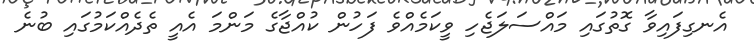
އެނގިފައިވާ ގޮތުގައި މައްސަލަޖެހި ވީކަމެއްވެ ފަހުން ކުއްޖާގެ މަންމަ އެއީ ތެދެއްކަމުގައި ބުނެ